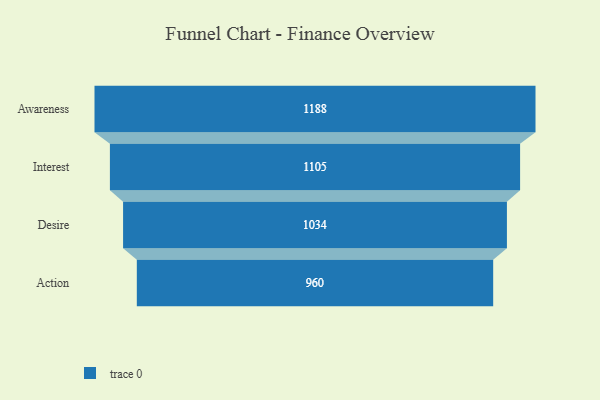
{"axis": {"x": "Stage", "y": "Value"}, "legend": [""], "data": [{"x": "Awareness", "y": 1188.0, "type": ""}, {"x": "Interest", "y": 1105.0, "type": ""}, {"x": "Desire", "y": 1034.0, "type": ""}, {"x": "Action", "y": 960.0, "type": ""}]}